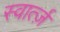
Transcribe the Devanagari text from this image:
स्वार्त्ज़